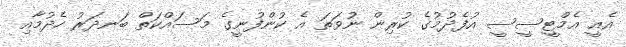
އެއީ އެމްޓީސީސީ އުފެދުމުގެ ކުރިން ނުވަތަ އެ ކުންފުނީގެ މަސައްކަތް ބަނދަރު ހެދުމާއި